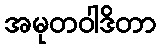
အမုတဝါဒိတာ